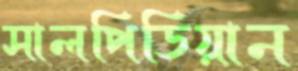
সালপিডিয়ান